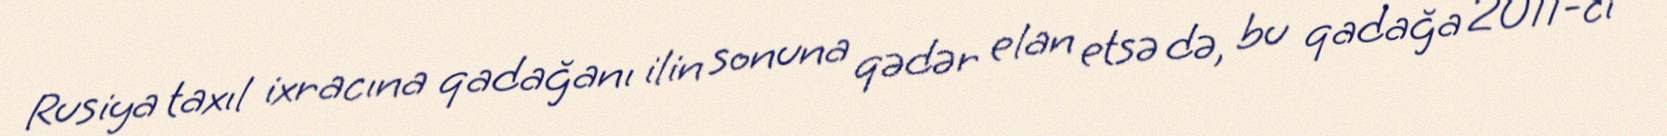
Rusiya taxıl ixracına qadağanı ilin sonuna qədər elan etsə də, bu qadağa 2011-ci